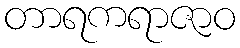
တာရကရာဇာဝ